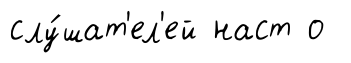
слу́шат'ел'ей наст о